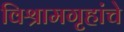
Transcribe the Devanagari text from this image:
विश्रामगृहांचे